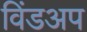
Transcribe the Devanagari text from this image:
विंडअप